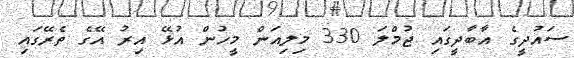
ސައުދީގެ އާބާދީގައި ޖުމްލަ 330 މިލިއަން މީހުން އުޅޭ އިރު އޭގެ ތެރޭގައި